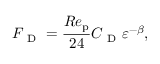
{ F _ { \mathrm { ~ D ~ } } } = \frac { R e _ { \mathrm { p } } } { 2 4 } { C _ { \mathrm { ~ D ~ } } } \varepsilon ^ { - \beta } ,